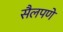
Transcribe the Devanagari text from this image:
सैलपणे